Civil Veterinary Department. United Provinces 1932-42 - 1932-1942
Year: 1932
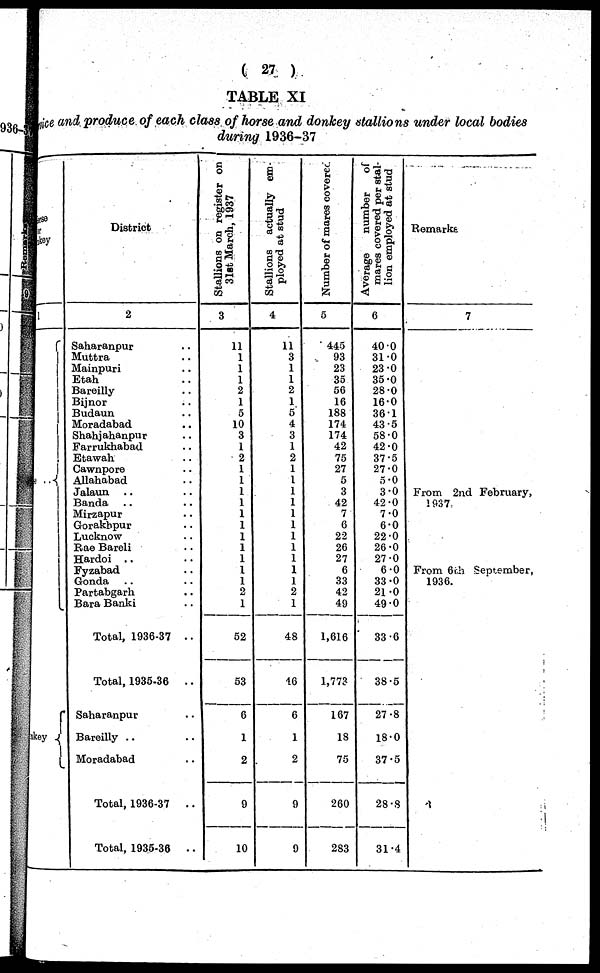
(27)
TABLE XI
ice and produce of each class of horse and donkey stallions under local bodies
during 1936-37
se
1
..
key
District
2
Saharanpur ..
Muttra ..
Mainpuri ..
Etah ..
Bareilly ..
Bijnor ..
Budaun ..
Moradabad ..
Shahjahanpur ..
Farrukhabad ..
Etawah ..
Cawnpore ..
Allahabad
Jalaun .. ..
Banda .. ..
Mirzapur .. ..
Gorakhur .. ..
Lucknow ..
Rae Bareli ..
Hardoi .. ..
Fyzabad .. ..
Gonda .. ..
Partabgarh .. ..
Bara Banki ..
Total, 1936-37 ..
Total, 1935-36
..
Saharanpur ..
Bareilly .. ..
Moradabad ..
Total, 1936-37
..
Total, 1935-36
..
Stallions on register on
31st March, 1937
3
11
1
1
1
2
1
5
10
3
1
2
..
..
..
..
..
..
..
..
..
..
..
2
1
52
53
6
1
2
9
10
Stallions actually em-
ployed at stud
4
11
3
1
1
2
1
5
4
3
1
2
1
1
1
1
1
1
1
1
1
1
1
2
1
48
16
6
1
2
9
9
Number of mares covered
5
445
93
23
35
56
16
188
174
174
42
75
27
5
3
42
7
6
22
26
27
6
33
42
49
1,616
1,773
167
18
75
260
283
Average
number
of
mares covered per stal-
lion employed at stud
6
400
31.0
23.0
35.0
28.0
16.0
36.-1
43.5
58.0
42.0
37.5
27.0
5.0
3.0
42.0
7.0
6.0
22.0
26.0
27.0
6.0
33.0
21.0
49.0
33.6
38.5
27.8
18.0
37.5
28.8
31.4
Remarks
7
From 2nd
1 937.
From 6rh
1936.
February,
September,